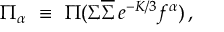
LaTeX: \Pi _ { \alpha } ~ \equiv ~ \Pi ( \Sigma \overline { { { \Sigma } } } \, e ^ { - K / 3 } f ^ { \alpha } ) \, ,